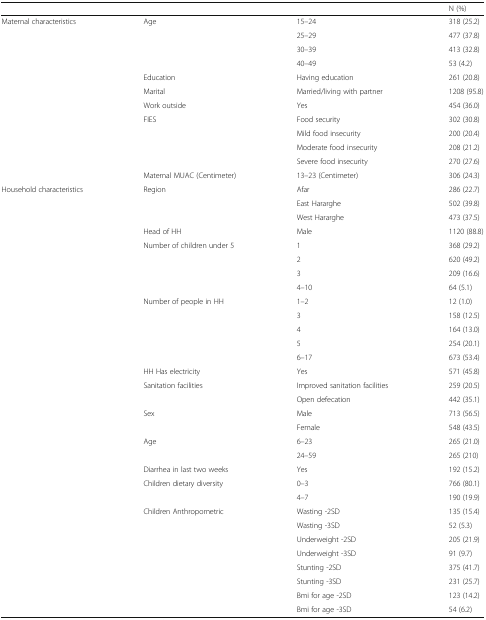
<table><thead><tr><td></td><td></td><td></td><td><b>N (%)</b></td></tr></thead><tbody><tr><td>Maternal characteristics</td><td>Age</td><td>15–24</td><td>318 (25.2)</td></tr><tr><td></td><td></td><td>25–29</td><td>477 (37.8)</td></tr><tr><td></td><td></td><td>30–39</td><td>413 (32.8)</td></tr><tr><td></td><td></td><td>40–49</td><td>53 (4.2)</td></tr><tr><td></td><td>Education</td><td>Having education</td><td>261 (20.8)</td></tr><tr><td></td><td>Marital</td><td>Married/living with partner</td><td>1208 (95.8)</td></tr><tr><td></td><td>Work outside</td><td>Yes</td><td>454 (36.0)</td></tr><tr><td></td><td>FIES</td><td>Food security</td><td>302 (30.8)</td></tr><tr><td></td><td></td><td>Mild food insecurity</td><td>200 (20.4)</td></tr><tr><td></td><td></td><td>Moderate food insecurity</td><td>208 (21.2)</td></tr><tr><td></td><td></td><td>Severe food insecurity</td><td>270 (27.6)</td></tr><tr><td></td><td>Maternal MUAC (Centimeter)</td><td>13–23 (Centimeter)</td><td>306 (24.3)</td></tr><tr><td>Household characteristics</td><td>Region</td><td>Afar</td><td>286 (22.7)</td></tr><tr><td></td><td></td><td>East Hararghe</td><td>502 (39.8)</td></tr><tr><td></td><td></td><td>West Hararghe</td><td>473 (37.5)</td></tr><tr><td></td><td>Head of HH</td><td>Male</td><td>1120 (88.8)</td></tr><tr><td></td><td>Number of children under 5</td><td>1</td><td>368 (29.2)</td></tr><tr><td></td><td></td><td>2</td><td>620 (49.2)</td></tr><tr><td></td><td></td><td>3</td><td>209 (16.6)</td></tr><tr><td></td><td></td><td>4–10</td><td>64 (5.1)</td></tr><tr><td></td><td>Number of people in HH</td><td>1–2</td><td>12 (1.0)</td></tr><tr><td></td><td></td><td>3</td><td>158 (12.5)</td></tr><tr><td></td><td></td><td>4</td><td>164 (13.0)</td></tr><tr><td></td><td></td><td>5</td><td>254 (20.1)</td></tr><tr><td></td><td></td><td>6–17</td><td>673 (53.4)</td></tr><tr><td></td><td>HH Has electricity</td><td>Yes</td><td>571 (45.8)</td></tr><tr><td></td><td>Sanitation facilities</td><td>Improved sanitation facilities</td><td>259 (20.5)</td></tr><tr><td></td><td></td><td>Open defecation</td><td>442 (35.1)</td></tr><tr><td></td><td>Sex</td><td>Male</td><td>713 (56.5)</td></tr><tr><td></td><td></td><td>Female</td><td>548 (43.5)</td></tr><tr><td></td><td>Age</td><td>6–23</td><td>265 (21.0)</td></tr><tr><td></td><td></td><td>24–59</td><td>265 (210)</td></tr><tr><td></td><td>Diarrhea in last two weeks</td><td>Yes</td><td>192 (15.2)</td></tr><tr><td></td><td>Children dietary diversity</td><td>0–3</td><td>766 (80.1)</td></tr><tr><td></td><td></td><td>4–7</td><td>190 (19.9)</td></tr><tr><td></td><td>Children Anthropometric</td><td>Wasting -2SD</td><td>135 (15.4)</td></tr><tr><td></td><td></td><td>Wasting -3SD</td><td>52 (5.3)</td></tr><tr><td></td><td></td><td>Underweight -2SD</td><td>205 (21.9)</td></tr><tr><td></td><td></td><td>Underweight -3SD</td><td>91 (9.7)</td></tr><tr><td></td><td></td><td>Stunting -2SD</td><td>375 (41.7)</td></tr><tr><td></td><td></td><td>Stunting -3SD</td><td>231 (25.7)</td></tr><tr><td></td><td></td><td>Bmi for age -2SD</td><td>123 (14.2)</td></tr><tr><td></td><td></td><td>Bmi for age -3SD</td><td>54 (6.2)</td></tr></tbody></table>